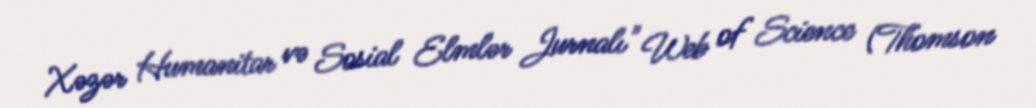
Xəzər Humanitar və Sosial Elmlər Jurnalı" Web of Science (Thomson